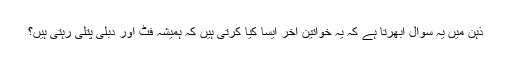
ذہن میں یہ سوال اْبھرتا ہے کہ یہ خواتین آخر ایسا کیا کرتی ہیں کہ ہمیشہ فٹ اور دْبلی پتلی رہتی ہیں؟